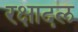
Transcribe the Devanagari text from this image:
रक्षादल